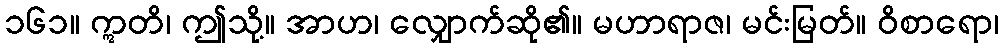
၁၆၁။ ဣတိ၊ ဤသို့။ အာဟ၊ လျှောက်ဆို၏။ မဟာရာဇ၊ မင်းမြတ်။ ဝိစာရော၊